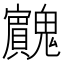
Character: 𱆡